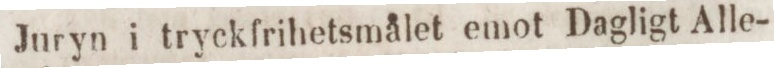
Juryn i tryckfrihetsmålet emot Dagligt Alle-